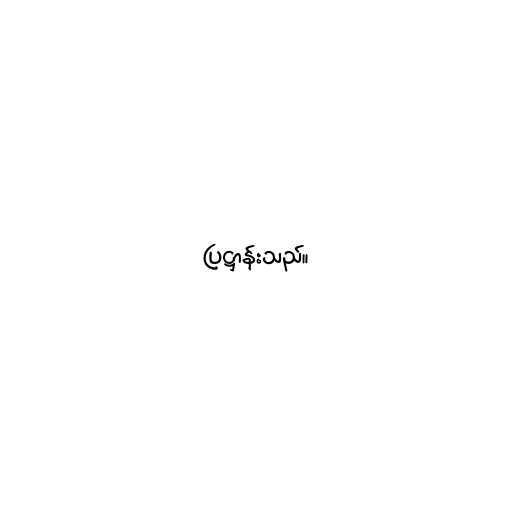
ပြဋ္ဌာန်းသည်။